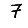
Digit: 7